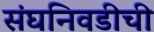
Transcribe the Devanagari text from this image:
संघनिवडीची